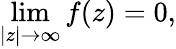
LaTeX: \operatorname*{lim}_{|z|\to\infty}f(z)=0,